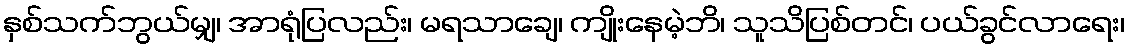
နှစ်သက်ဘွယ်မျှ၊ အာရုံပြလည်း၊ မရသာချေ၊ ကျိုးနေမဲ့ဘိ၊ သူသိပြစ်တင်၊ ပယ်ခွင်လာရေး၊